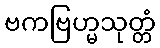
ဗကဗြဟ္မသုတ္တံ